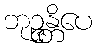
ဘုဉ္ဇန္တိပေ